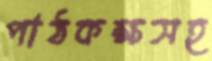
পাঠকক্ষসহ